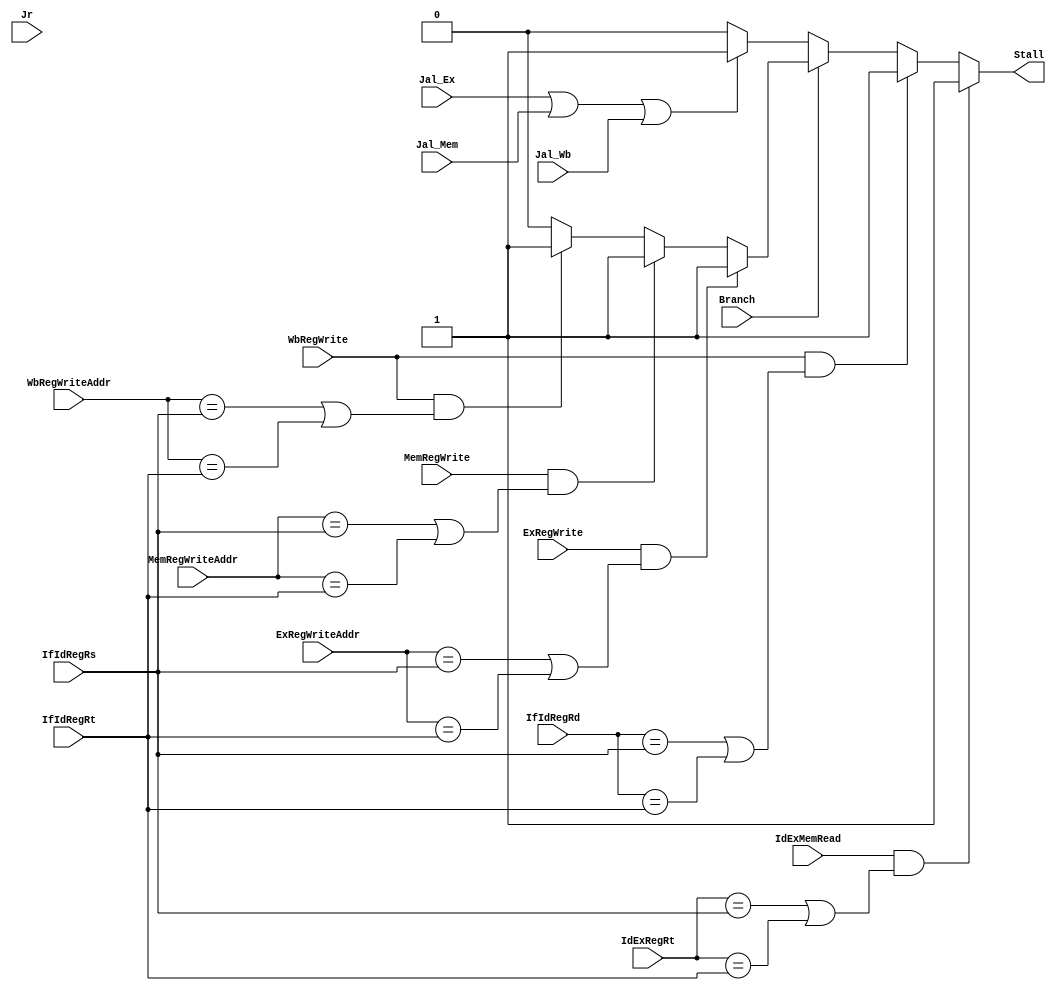
module HazardDetectionUnit(
	IdExMemRead,
	IdExRegRt,
	IfIdRegRt,
	IfIdRegRs,
	IfIdRegRd,
	
	Branch,
	Jr,
	Jal_Ex, Jal_Mem, Jal_Wb,
	ExRegWrite,
	ExRegWriteAddr,
	MemRegWrite,
	MemRegWriteAddr,
	WbRegWrite,
	WbRegWriteAddr,
	
	Stall
);
input IdExMemRead;
input [4:0] IdExRegRt, IfIdRegRt, IfIdRegRs, IfIdRegRd;

input Branch, Jr, Jal_Ex, Jal_Mem, Jal_Wb;
input ExRegWrite,MemRegWrite,WbRegWrite;
input [4:0] ExRegWriteAddr,MemRegWriteAddr,WbRegWriteAddr;

output Stall;


//	reg stall_r;
reg Counter_r, Counter_w;
reg Stall_out;
// branching: if branch, stall 2 clk

assign Stall = Stall_out;
	
always@(*) begin	
	if( IdExMemRead && ((IdExRegRt == IfIdRegRs) || (IdExRegRt == IfIdRegRt)))begin	// data hazard
		Stall_out = 1;
	end else if(WbRegWrite && ((IfIdRegRd == IfIdRegRs) || (IfIdRegRd == IfIdRegRt))) begin // Reg write in
		Stall_out = 1;
	end else if(Branch) begin	// branch hazard
		if( ExRegWrite && ((ExRegWriteAddr == IfIdRegRs) || (ExRegWriteAddr == IfIdRegRt)))begin
			Stall_out = 1;
		end else if( MemRegWrite && ((MemRegWriteAddr == IfIdRegRs) || (MemRegWriteAddr == IfIdRegRt)))begin
			Stall_out = 1;
		end else if( WbRegWrite && ((WbRegWriteAddr == IfIdRegRs) || (WbRegWriteAddr == IfIdRegRt)))begin
			Stall_out = 1;
		end else begin
			Stall_out = 0;
		end
	end else begin 
		if(Jal_Ex|Jal_Mem|Jal_Wb) begin // Jr after Jal stall till Jal is done
			Stall_out = 1;
		end else begin
			Stall_out = 0;
		end
	end

end

endmodule